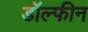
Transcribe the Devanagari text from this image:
डॉल्‍फीन